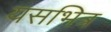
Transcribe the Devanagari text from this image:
यसभित्र